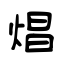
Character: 焻